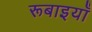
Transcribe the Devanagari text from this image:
रूबाइयाँ